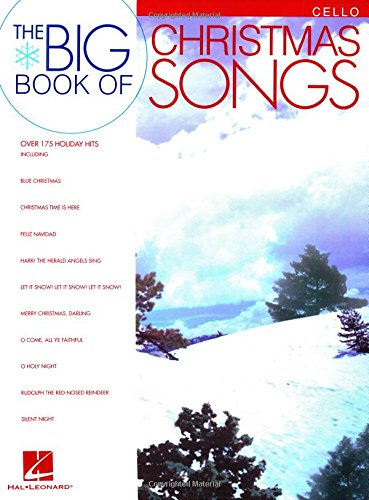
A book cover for Big Book of Christmas Songs Cello; Christian Books & Bibles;